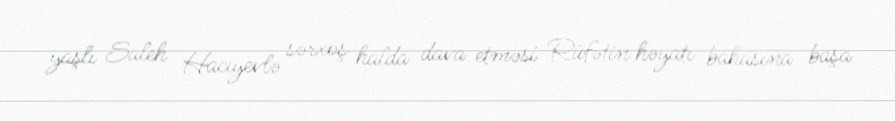
yaşlı Saleh Hacıyevlə sərxoş halda dava etməsi Rüfətin həyatı bahasına başa